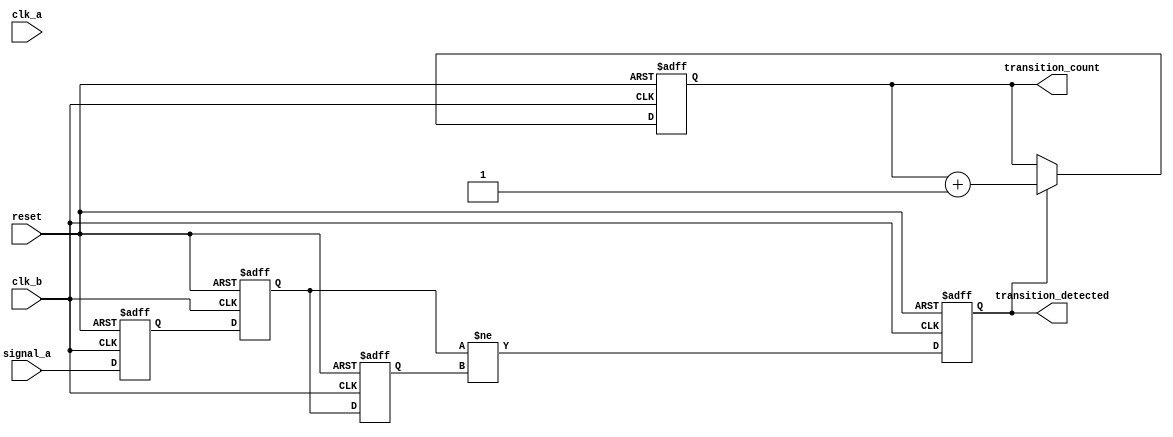
module cdc_detector (
    input wire signal_a,          // Monitored signal from clock domain A
    input wire clk_a,            // Clock signal for domain A
    input wire clk_b,            // Clock signal for domain B
    input wire reset,            // Synchronous reset signal
    output reg transition_detected, // Indicates if a transition has been detected
    output reg [31:0] transition_count // Count of detected transitions
);

    // Registers for sampling the signal
    reg signal_a_sync1; // First synchronization register
    reg signal_a_sync2; // Second synchronization register
    
    // Register to hold the previous state
    reg signal_a_prev;  // Previous sampled value of signal_a

    // Always block to handle synchronous reset and signal sampling
    always @(posedge clk_b or posedge reset) begin
        if (reset) begin
            signal_a_sync1 <= 1'b0;
            signal_a_sync2 <= 1'b0;
            signal_a_prev <= 1'b0;
            transition_detected <= 1'b0;
            transition_count <= 32'b0;
        end else begin
            // Synchronize signal_a to clk_b
            signal_a_sync1 <= signal_a;
            signal_a_sync2 <= signal_a_sync1;
            
            // Detect transition
            transition_detected <= (signal_a_sync2 != signal_a_prev);
            signal_a_prev <= signal_a_sync2;
            
            // Increment count if transition detected
            if (transition_detected) begin
                transition_count <= transition_count + 1'b1;
            end
        end
    end

endmodule